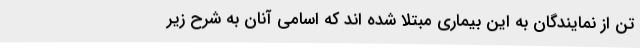
تن از نمایندگان به این بیماری مبتلا شده اند که اسامی آنان به شرح زیر